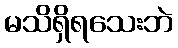
မသိရှိရသေးဘဲ